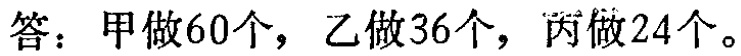
答：甲做60个，乙做36个，丙做24个。